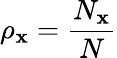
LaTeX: \rho_{\mathbf{x}}=\frac{{N_{\mathbf{x}}}}{{N}}